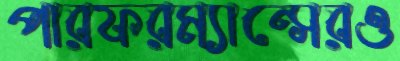
পারফরম্যান্সেরও